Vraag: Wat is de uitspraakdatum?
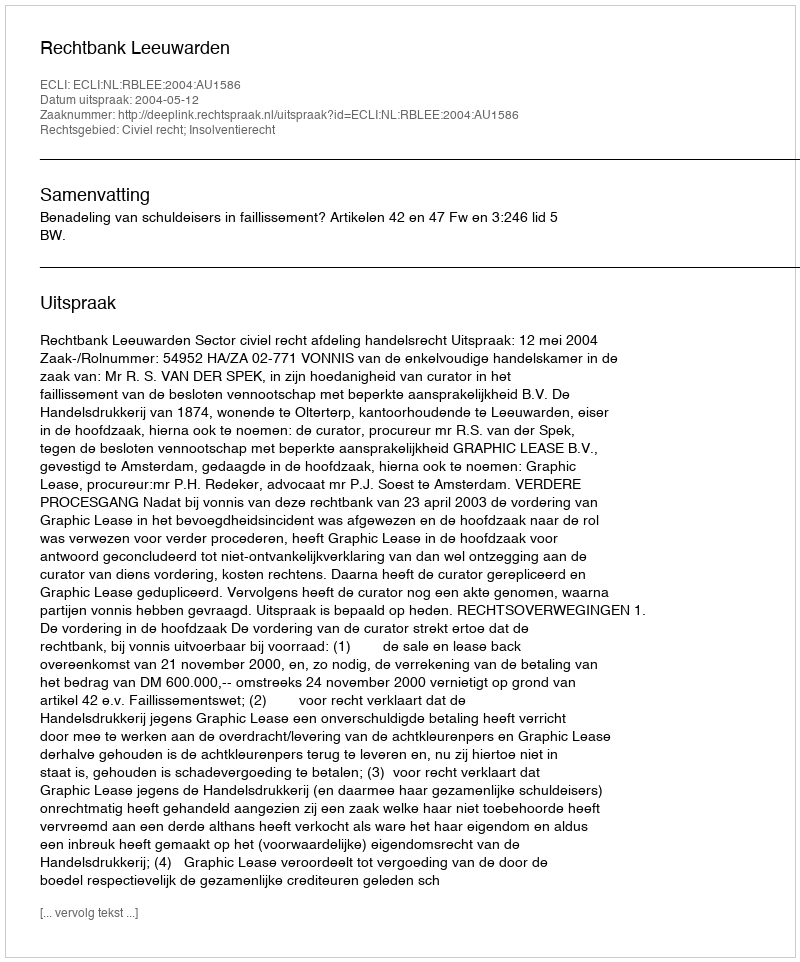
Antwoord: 2004-05-12